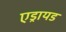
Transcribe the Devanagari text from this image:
एड्रायड